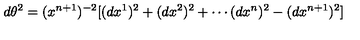
d \theta ^ { 2 } = ( x ^ { n + 1 } ) ^ { - 2 } [ ( d x ^ { 1 } ) ^ { 2 } + ( d x ^ { 2 } ) ^ { 2 } + \cdots ( d x ^ { n } ) ^ { 2 } - ( d x ^ { n + 1 } ) ^ { 2 } ]